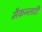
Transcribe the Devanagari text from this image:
मैकन्लटी